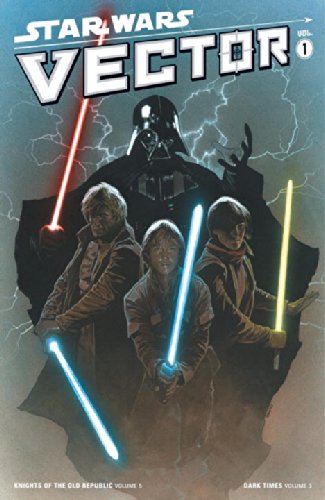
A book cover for Star Wars: Vector Volume 1; John Jackson Miller; Teen & Young Adult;